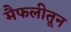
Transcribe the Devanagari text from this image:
मैफलीतून